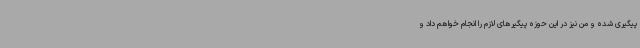
پیگیری شده و من نیز در این حوزه پیگیرهای لازم را انجام خواهم داد و